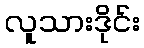
လူသားဒိုင်း